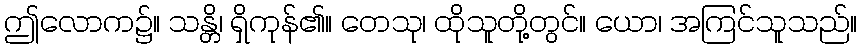
ဤလောက၌။ သန္တိ၊ ရှိကုန်၏။ တေသု၊ ထိုသူတို့တွင်။ ယော၊ အကြင်သူသည်။